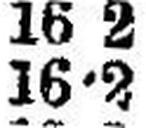
16•2